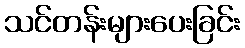
သင်တန်းများပေးခြင်း